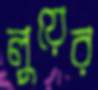
লুয়ের